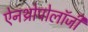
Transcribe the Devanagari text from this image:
ऐनथ्रोपोलॉजी